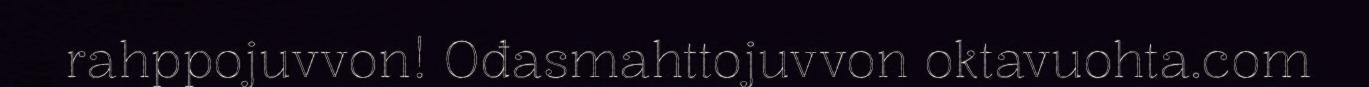
rahppojuvvon! Ođasmahttojuvvon oktavuohta.com